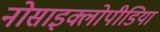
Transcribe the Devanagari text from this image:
नोसाइक्लोपीडिया